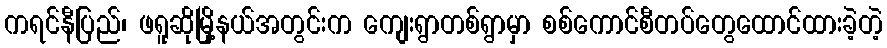
ကရင်နီပြည်၊ ဖရူဆိုမြို့နယ်အတွင်းက ကျေးရွာတစ်ရွာမှာ စစ်ကောင်စီတပ်တွေထောင်ထားခဲ့တဲ့